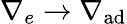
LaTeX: \nabla_{e}\rightarrow\nabla_{\mathrm{ad}}